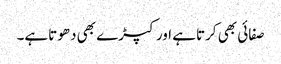
صفائی بھی کرتاہے اور کپڑے بھی دھوتاہے۔